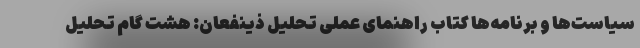
سیاست‌ها و برنامه‌ها کتاب راهنمای عملی تحلیل ذینفعان: هشت گام تحلیل